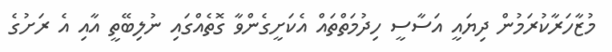
މުޒާހަރާކުރަމުން ދިޔައީ އަސާސީ ހިދުމަތްތައް އެކަށީގެންވާ ގޮތެއްގައި ނުލިބޭތީ އާއި އެ ރަށުގެ